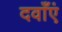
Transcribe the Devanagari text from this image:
दवाँएं